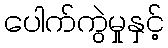
ပေါက်ကွဲမှုနှင့်